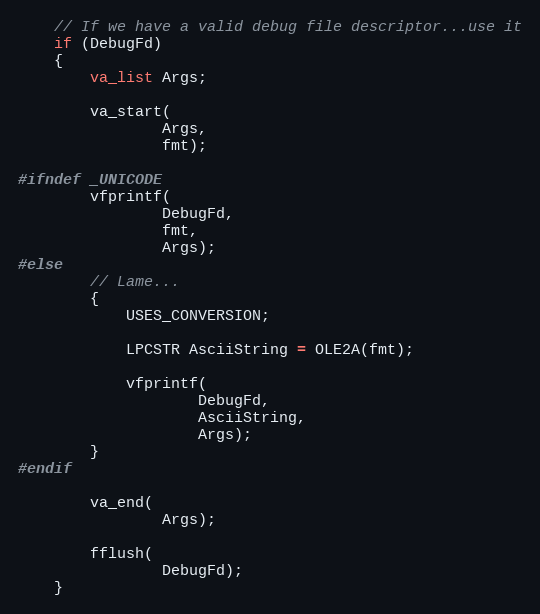
Language: C++
	// If we have a valid debug file descriptor...use it
	if (DebugFd)
	{
		va_list Args;

		va_start(
				Args,
				fmt);

#ifndef _UNICODE
		vfprintf(
				DebugFd,
				fmt,
				Args);
#else
		// Lame...
		{
			USES_CONVERSION;

			LPCSTR AsciiString = OLE2A(fmt);

			vfprintf(
					DebugFd,
					AsciiString,
					Args);
		}
#endif

		va_end(
				Args);

		fflush(
				DebugFd);
	}